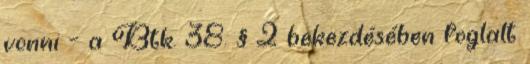
vonni – a Btk. 38. § 2 bekezdésében foglalt